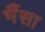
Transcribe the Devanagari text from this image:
भैँसा